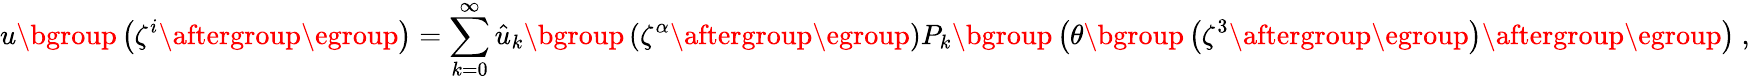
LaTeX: u\mathopen{}\mathclose\bgroup\left(\zeta^{i}\aftergroup\egroup\right)=\sum_{k=0}^{\infty}\hat{u}_{k}\mathopen{}\mathclose\bgroup\left(\zeta^{\alpha}\aftergroup\egroup\right)P_{k}\mathopen{}\mathclose\bgroup\left(\theta\mathopen{}\mathclose\bgroup\left(\zeta^{3}\aftergroup\egroup\right)\aftergroup\egroup\right)~,